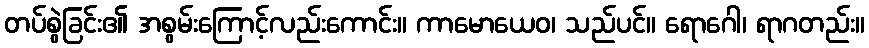
တပ်စွဲခြင်း၏ အစွမ်းကြောင့်လည်းကောင်း။ ကာမောယေဝ၊ သည်ပင်။ ရောဂေါ၊ ရာဂတည်း။